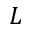
L